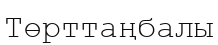
Төрттаңбалы